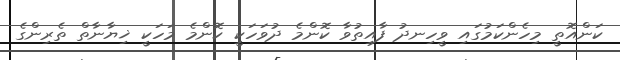
ކަންއޮތީ މިހެންކަމުގައި ވީހިނދު ފާއިތުވާ ކޮންމެ ދުވަހަކީ ކޮންމެ މަހަކީ ޚިޔާނާތް ތެރިންގެ